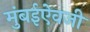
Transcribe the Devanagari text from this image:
मुंबईऐवजी